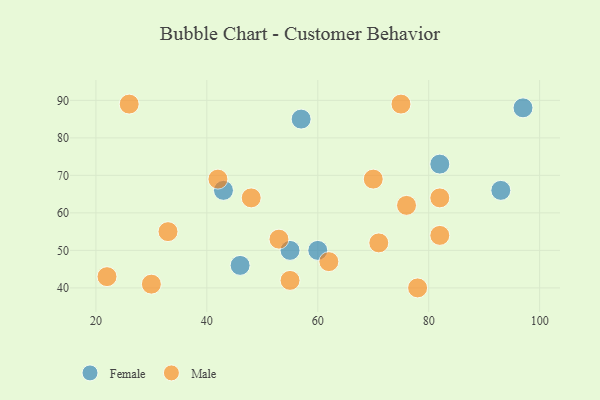
{"axis": {"x": "GDP", "y": "Life Expectancy"}, "legend": ["Female", "Male"], "data": [{"x": "60", "y": 50, "type": "Female"}, {"x": "46", "y": 46, "type": "Female"}, {"x": "82", "y": 73, "type": "Female"}, {"x": "55", "y": 50, "type": "Female"}, {"x": "97", "y": 88, "type": "Female"}, {"x": "43", "y": 66, "type": "Female"}, {"x": "93", "y": 66, "type": "Female"}, {"x": "57", "y": 85, "type": "Female"}, {"x": "55", "y": 42, "type": "Male"}, {"x": "42", "y": 69, "type": "Male"}, {"x": "70", "y": 69, "type": "Male"}, {"x": "22", "y": 43, "type": "Male"}, {"x": "53", "y": 53, "type": "Male"}, {"x": "82", "y": 64, "type": "Male"}, {"x": "82", "y": 54, "type": "Male"}, {"x": "71", "y": 52, "type": "Male"}, {"x": "75", "y": 89, "type": "Male"}, {"x": "62", "y": 47, "type": "Male"}, {"x": "33", "y": 55, "type": "Male"}, {"x": "76", "y": 62, "type": "Male"}, {"x": "30", "y": 41, "type": "Male"}, {"x": "26", "y": 89, "type": "Male"}, {"x": "48", "y": 64, "type": "Male"}, {"x": "78", "y": 40, "type": "Male"}]}